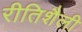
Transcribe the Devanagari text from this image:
रीतिशैली